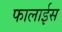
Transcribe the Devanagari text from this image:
फालाईस